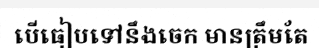
បើធៀបទៅនឹងចេក មានត្រឹមតែ